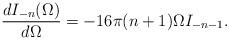
LaTeX: \begin{align*}\frac{dI_{-n}(\Omega)}{d\Omega}=-16\pi(n+1)\Omega I_{-n-1}.\end{align*}